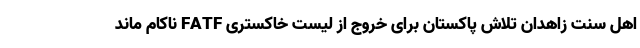
اهل سنت زاهدان تلاش پاکستان برای خروج از لیست خاکستری FATF ناکام ماند